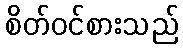
စိတ်ဝင်စားသည်